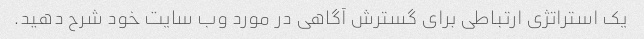
یک استراتژی ارتباطی برای گسترش آگاهی در مورد وب سایت خود شرح دهید.